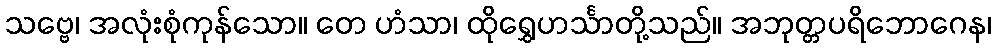
သဗ္ဗေ၊ အလုံးစုံကုန်သော။ တေ ဟံသာ၊ ထိုရွှေဟင်္သာတို့သည်။ အဘုတ္တပရိဘောဂေန၊